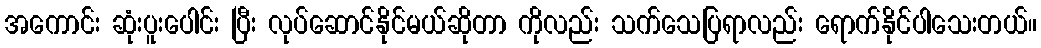
အကောင်း ဆုံးပူးပေါင်း ပြီး လုပ်ဆောင်နိုင်မယ်ဆိုတာ ကိုလည်း သက်သေပြရာလည်း ရောက်နိုင်ပါသေးတယ်။